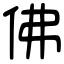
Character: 佛